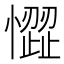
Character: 𢡉